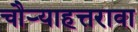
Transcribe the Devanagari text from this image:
चौर्‍याहत्तरावा